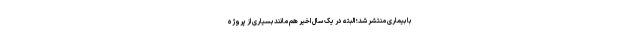
با بیماری منتشر شد؛ البته در یک سال اخیر هم مانند بسیاری از پروژه